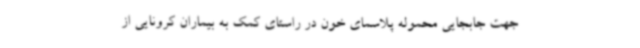
جهت جابجایی محموله پلاسمای خون در راستای کمک به بیماران کرونایی از